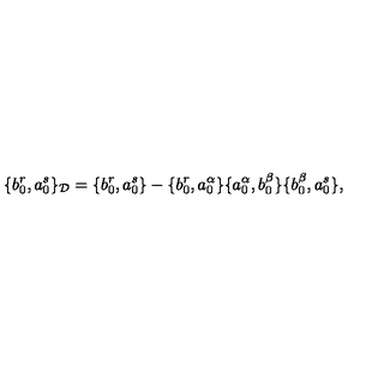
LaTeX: \{ b _ { 0 } ^ { r } , a _ { 0 } ^ { s } \} _ { \cal D } = \{ b _ { 0 } ^ { r } , a _ { 0 } ^ { s } \} - \{ b _ { 0 } ^ { r } , a _ { 0 } ^ { \alpha } \} \{ a _ { 0 } ^ { \alpha } , b _ { 0 } ^ { \beta } \} \{ b _ { 0 } ^ { \beta } , a _ { 0 } ^ { s } \} ,